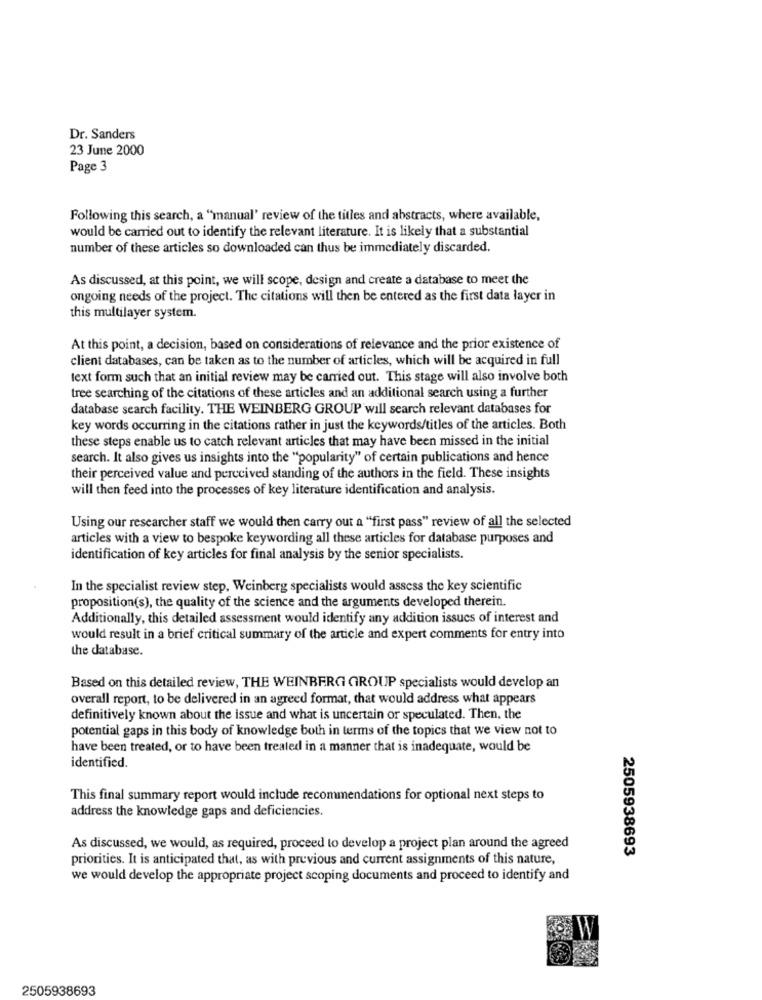
Dr. Sanders
23 June 2000
Page 3
Following this search, a "manual' review of the titles and abstracts, where available,
would be carried out to identify the relevant literature. It is likely that a substantial
number of these articles so downloaded can thus be immediately discarded.
As discussed, at this point, we will scope, design and create a database to meet the
ongoing needs of the project. The citations will then be entered as the first data layer in
this multilayer system.
At this point, a decision, based on considerations of relevance and the prior existence of
client databases, can be taken as to the number of articles, which will be acquired in full
text form such that an initial review may be carried out. This stage will also involve both
tree searching of the citations of these articles and an additional search using a further
database search facility. THE WEINBERG GROUP will search relevant databases for
key words occurring in the citations rather in just the keywords/titles of the articles. Both
these steps enable us to catch relevant articles that may have been missed in the initial
search. It also gives us insights into the "popularity" of certain publications and hence
their perceived value and perceived standing of the authors in the field. These insights
will then feed into the processes of key literature identification and analysis.
Using our researcher staff we would then carry out a "first pass" review of all the selected
articles with a view to bespoke keywording all these articles for database purposes and
identification of key articles for final analysis by the senior specialists.
In the specialist review step, Weinberg specialists would assess the key scientific
proposition(s), the quality of the science and the arguments developed therein.
Additionally, this detailed assessment would identify any addition issues of interest and
would result in a brief critical summary of the article and expert comments for entry into
the database.
Based on this detailed review, THE WEINBERG GROUP specialists would develop an
overall report, to be delivered in an agreed format, that would address what appears
definitively known about the issue and what is uncertain or speculated. Then, the
potential gaps in this body of knowledge both in terms of the topics that we view not to
have been treated, or to have been treated in a manner that is inadequate, would be
identified.
This final summary report would include recommendations for optional next steps to
address the knowledge gaps and deficiencies.
As discussed, we would, as required, proceed to develop a project plan around the agreed
2505938693
priorities. It is anticipated that, as with previous and current assignments of this nature,
we would develop the appropriate project scoping documents and proceed to identify and
2505938693